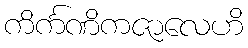
ကိင်္ကဏိကဇာလေဟိ